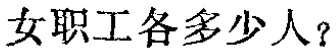
女职工各多少人？